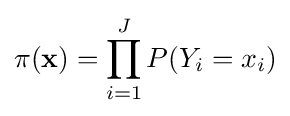
\pi (\mathbf {x} )=\prod _{i=1}^{J}P(Y_{i}=x_{i})